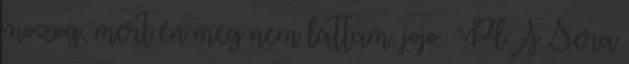
mozog, mert én még nem láttam. jojo: “Pl.A Sera